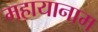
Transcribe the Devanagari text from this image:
महायानाम